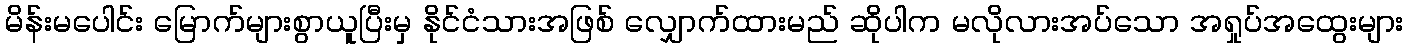
မိန်းမပေါင်း မြောက်များစွာယူပြီးမှ နိုင်ငံသားအဖြစ် လျှောက်ထားမည် ဆိုပါက မလိုလားအပ်သော အရှုပ်အထွေးများ